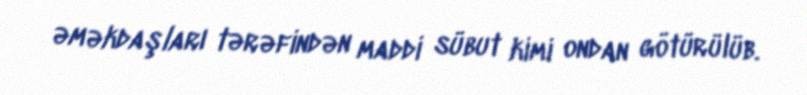
əməkdaşları tərəfindən maddi sübut kimi ondan götürülüb.